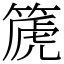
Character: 篪